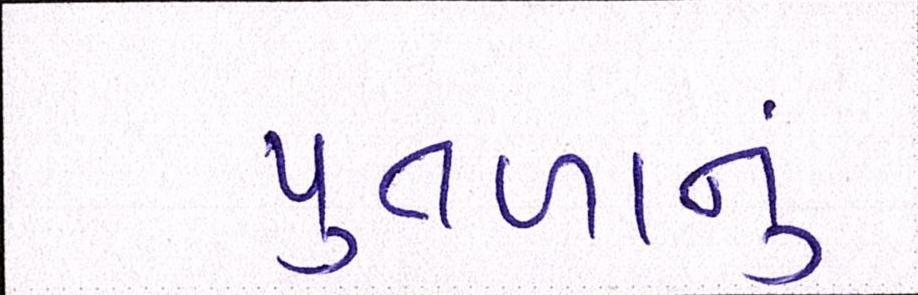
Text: પુતળાનું